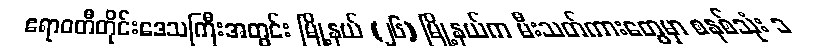
ဧရာဝတီတိုင်းဒေသကြီးအတွင်း မြို့နယ် (၂၆) မြို့နယ်က မီးသတ်ကားတွေမှာ စနစ်သုံး ၁